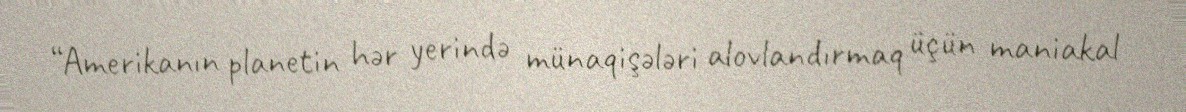
“Amerikanın planetin hər yerində münaqişələri alovlandırmaq üçün maniakal